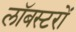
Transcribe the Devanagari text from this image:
लॉबस्टरों